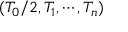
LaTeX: ( T _ { 0 } / 2 , T _ { 1 } , \cdots , T _ { n } )